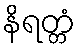
နိရတ္တံ